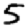
Digit: 5